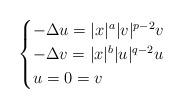
LaTeX: \begin{align*}\begin{cases}-\Delta u=|x|^a|v|^{p-2}v&\\-\Delta v=|x|^b|u|^{q-2}u&\\u=0=v&\end{cases}\end{align*}